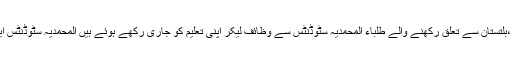
اور پسماندہ علاقوں کشمیر ،ہزارہ، گلگت ،بلتستان سے تعلق رکھنے والے طلباء المحمدیہ سٹوڈنٹس سے وظائف لیکر اپنی تعلیم کو جاری رکھے ہوئے ہیں المحمدیہ سٹوڈنٹس ایک محب وطن اور تعلیم دوست تنظیم ہے۔